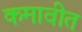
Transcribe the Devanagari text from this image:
कमावीत